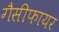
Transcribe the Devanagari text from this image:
गैसीफायर